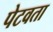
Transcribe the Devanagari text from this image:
पेटवता